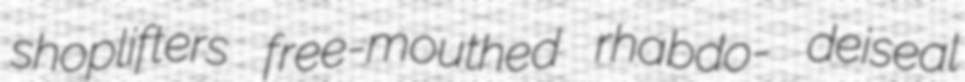
shoplifters free-mouthed rhabdo- deiseal